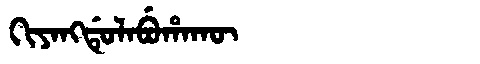
Manchu: ᡴᡳᠶᠠᠩᡩᡠᠯᠠᠪᡠᡥᠠᡴᡡ
Romanization: KIYANGDULABUHAKŪ